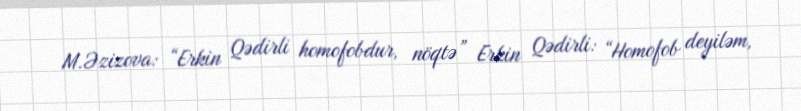
M.Əzizova: “Erkin Qədirli homofobdur, nöqtə” Erkin Qədirli: “Homofob deyiləm,